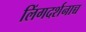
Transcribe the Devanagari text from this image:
लिंगदर्शनाच्च